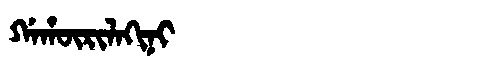
Manchu: ᡤᠠᡥᡡᡵᡳᠯᠠᡴᡳᠨᡳ
Romanization: GAHŪRILAKINI